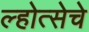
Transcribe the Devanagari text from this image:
ल्होत्सेचे